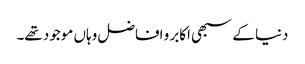
دنیا کے سبھی اکابر و افاضل وہاں موجود تھے۔